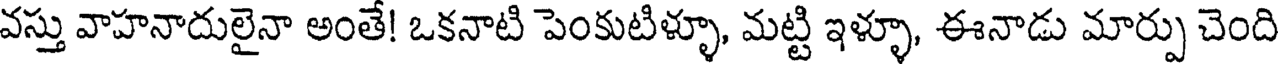
వస్తు వాహనాదులైనా అంతే! ఒకనాటి పెంకుటిళ్ళూ, మట్టి ఇళ్ళూ, ఈనాడు మార్పు చెంది